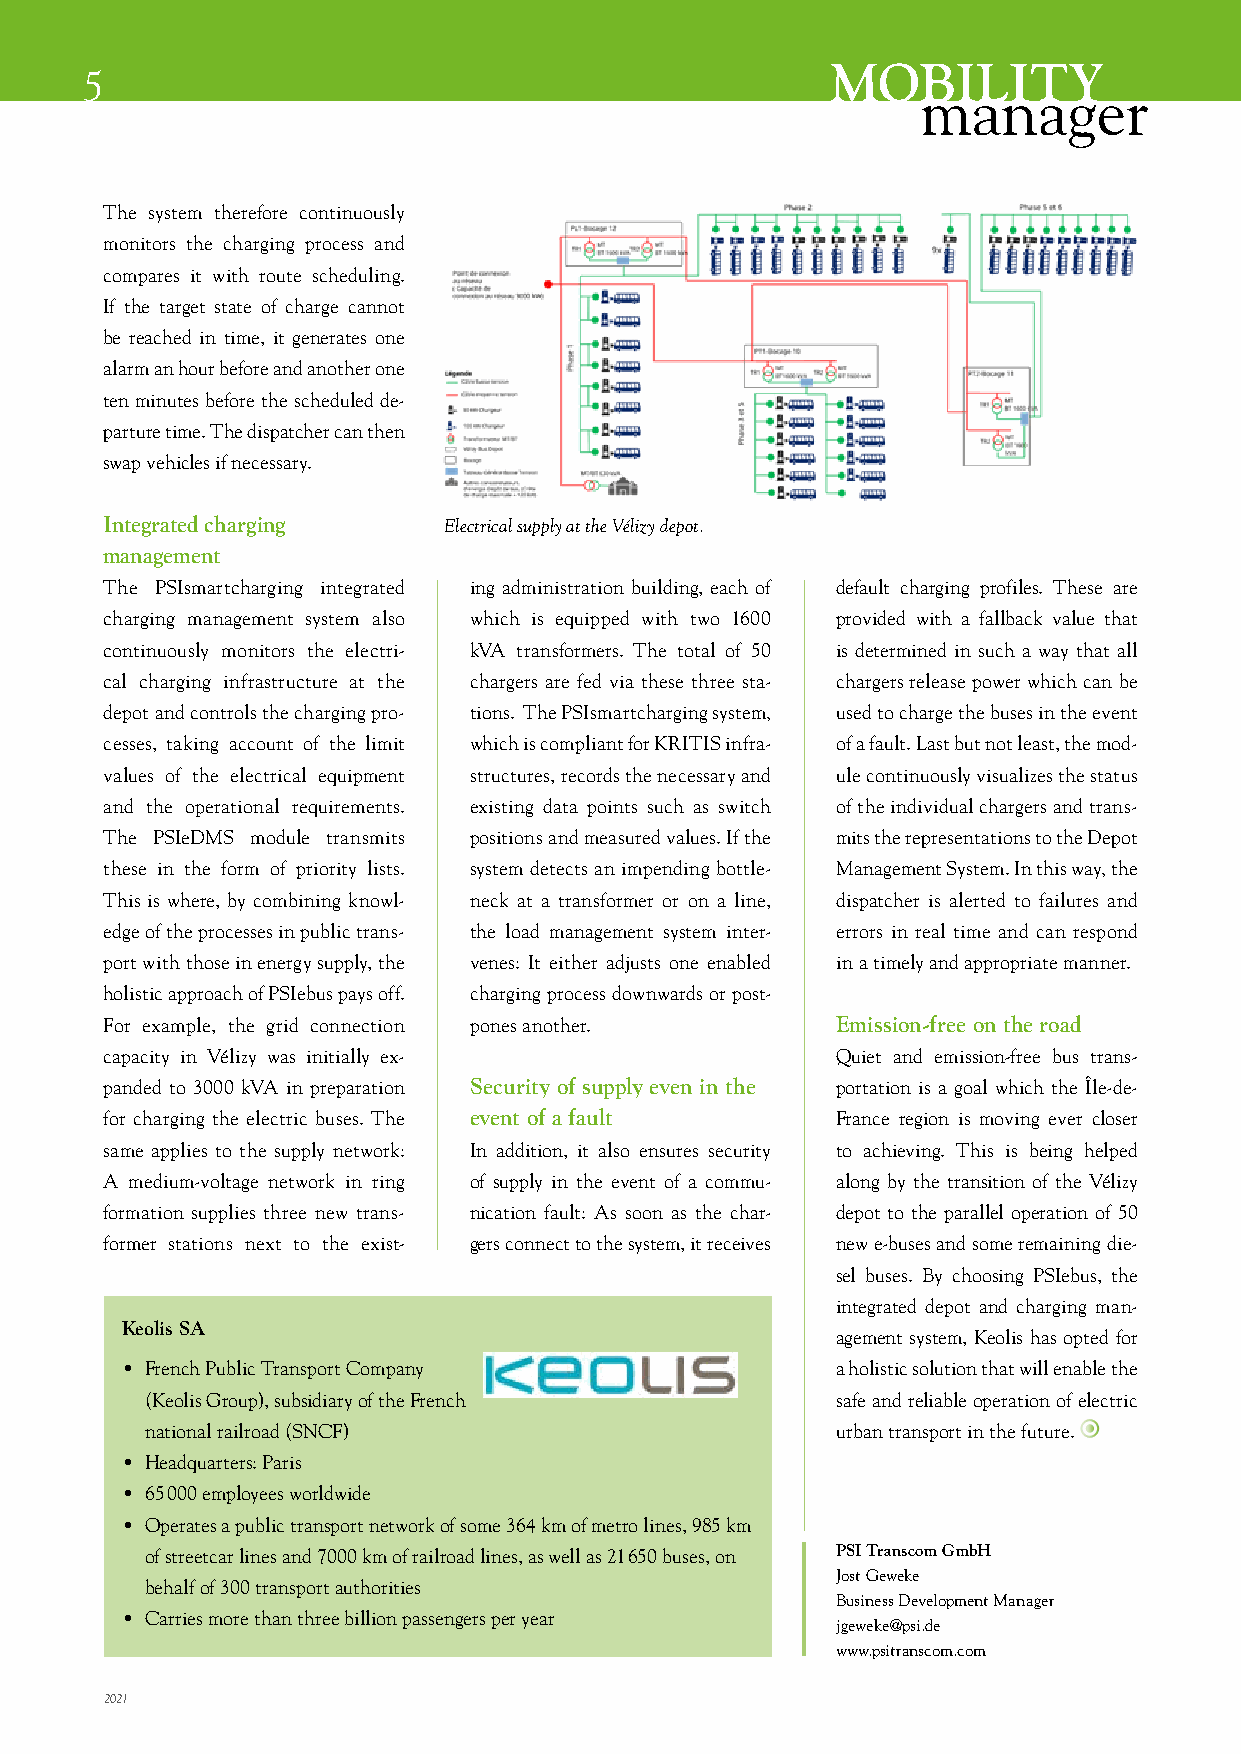
MOBILITY
 5
 manager
 The system therefore continuously
 monitors the charging process and
 compares it with route scheduling.
 If the target state of charge cannot
 be reached in time, it generates one
 alarm an hour before and another one
 ten minutes before the scheduled de-
 parture time. The dispatcher can then
 swap vehicles if necessary.
 Integrated charging   Electrical supply at the Vélizy depot.
 management
 The PSIsmartcharging integrated ing administration building, each of default charging profiles. These are
 charging management system also which is equipped with two 1600 provided with a fallback value that
 continuously monitors the electri- kVA transformers. The total of 50 is determined in such a way that all
 cal charging infrastructure at the chargers are fed via these three sta- chargers release power which can be
 depot and controls the charging pro- tions. The PSIsmartcharging system, used to charge the buses in the event
 cesses, taking account of the limit which is compliant for KRITIS infra- of a fault. Last but not least, the mod-
 values of the electrical equipment structures, records the necessary and ule continuously visualizes the status
 and the operational requirements. existing data points such as switch of the individual chargers and trans-
 The PSIeDMS module transmits positions and measured values. If the mits the representations to the Depot
 these in the form of priority lists. system detects an impending bottle- Management System. In this way, the
 This is where, by combining knowl- neck at a transformer or on a line, dispatcher is alerted to failures and
 edge of the processes in public trans- the load management system inter- errors in real time and can respond
 port with those in energy supply, the venes: It either adjusts one enabled in a timely and appropriate manner.
 holistic approach of PSIebus pays off. charging process downwards or post-
 For example, the grid connection pones another. Emission-free on the road
 capacity in Vélizy was initially ex-            Quiet and emission-free bus trans-
 panded to 3000 kVA in preparation Security of supply even in the portation is a goal which the Île-de-
 for charging the electric buses. The event of a fault France region is moving ever closer
 same applies to the supply network: In addition, it also ensures security to achieving. This is being helped
 A medium-voltage network in ring of supply in the event of a commu- along by the transition of the Vélizy
 formation supplies three new trans- nication fault: As soon as the char- depot to the parallel operation of 50
 former stations next to the exist- gers connect to the system, it receives new e-buses and some remaining die-
 sel buses. By choosing PSIebus, the
 integrated depot and charging man-
 Keolis SA
 agement system, Keolis has opted for
 • French Public Transport Company              a holistic solution that will enable the
 (Keolis Group), subsidiary of the French     safe and reliable operation of electric
 national railroad (SNCF)                     urban transport in the future.
 • Headquarters: Paris
 • 65 000 employees worldwide
 • Operates a public transport network of some 364 km of metro lines, 985 km
 of streetcar lines and 7000 km of railroad lines, as well as 21 650 buses, on PSI Transcom GmbH
 Jost Geweke
 behalf of 300 transport authorities
 Business Development Manager
 • Carries more than three billion passengers per year
 jgeweke@psi.de
 www.psitranscom.com
 2021